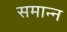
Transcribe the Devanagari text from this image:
समान्न